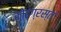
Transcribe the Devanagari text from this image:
कोढ़ग्रस्त